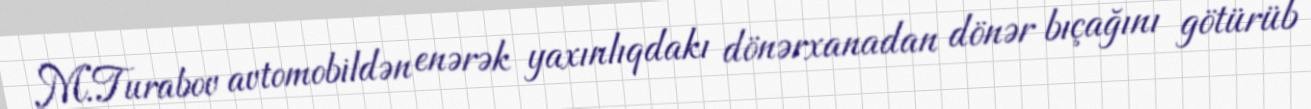
M.Turabov avtomobildən enərək yaxınlıqdakı dönərxanadan dönər bıçağını götürüb